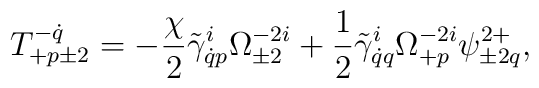
T^{-\dot q}_{+p\pm2}=-\frac{\chi}{2}\tilde\gamma^i_{\dot qp}\Omega^{-2i}_{\pm2}+\frac12\tilde\gamma^i_{\dot qq}\Omega^{-2i}_{+p}\psi^{2+}_{\pm2q},